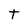
Character: T